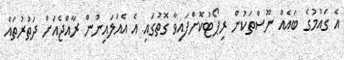
އެ ގައުމުގެ ބައެއް ނޫސްތަކުން ރިޕޯޓުކޮށްފައިވާ ގޮތުގައި އެ އެއަލައިނުން ރާއްޖެއަށް ދަތުރުތައް